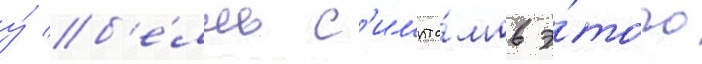
у́ б'е́лль с'импто́мов э́того